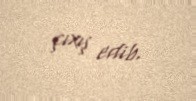
çıxış edib.